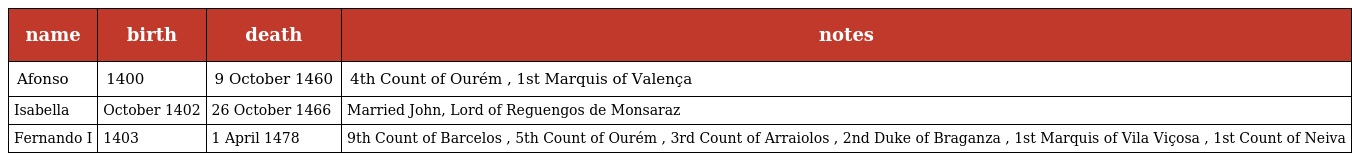
| name | birth | death | notes |
 | --- | --- | --- | --- |
 | Afonso | 1400 | 9 October 1460 | 4th Count of Ourém , 1st Marquis of Valença |
 | Isabella | October 1402 | 26 October 1466 | Married John, Lord of Reguengos de Monsaraz |
 | Fernando I | 1403 | 1 April 1478 | 9th Count of Barcelos , 5th Count of Ourém , 3rd Count of Arraiolos , 2nd Duke of Braganza , 1st Marquis of Vila Viçosa , 1st Count of Neiva |